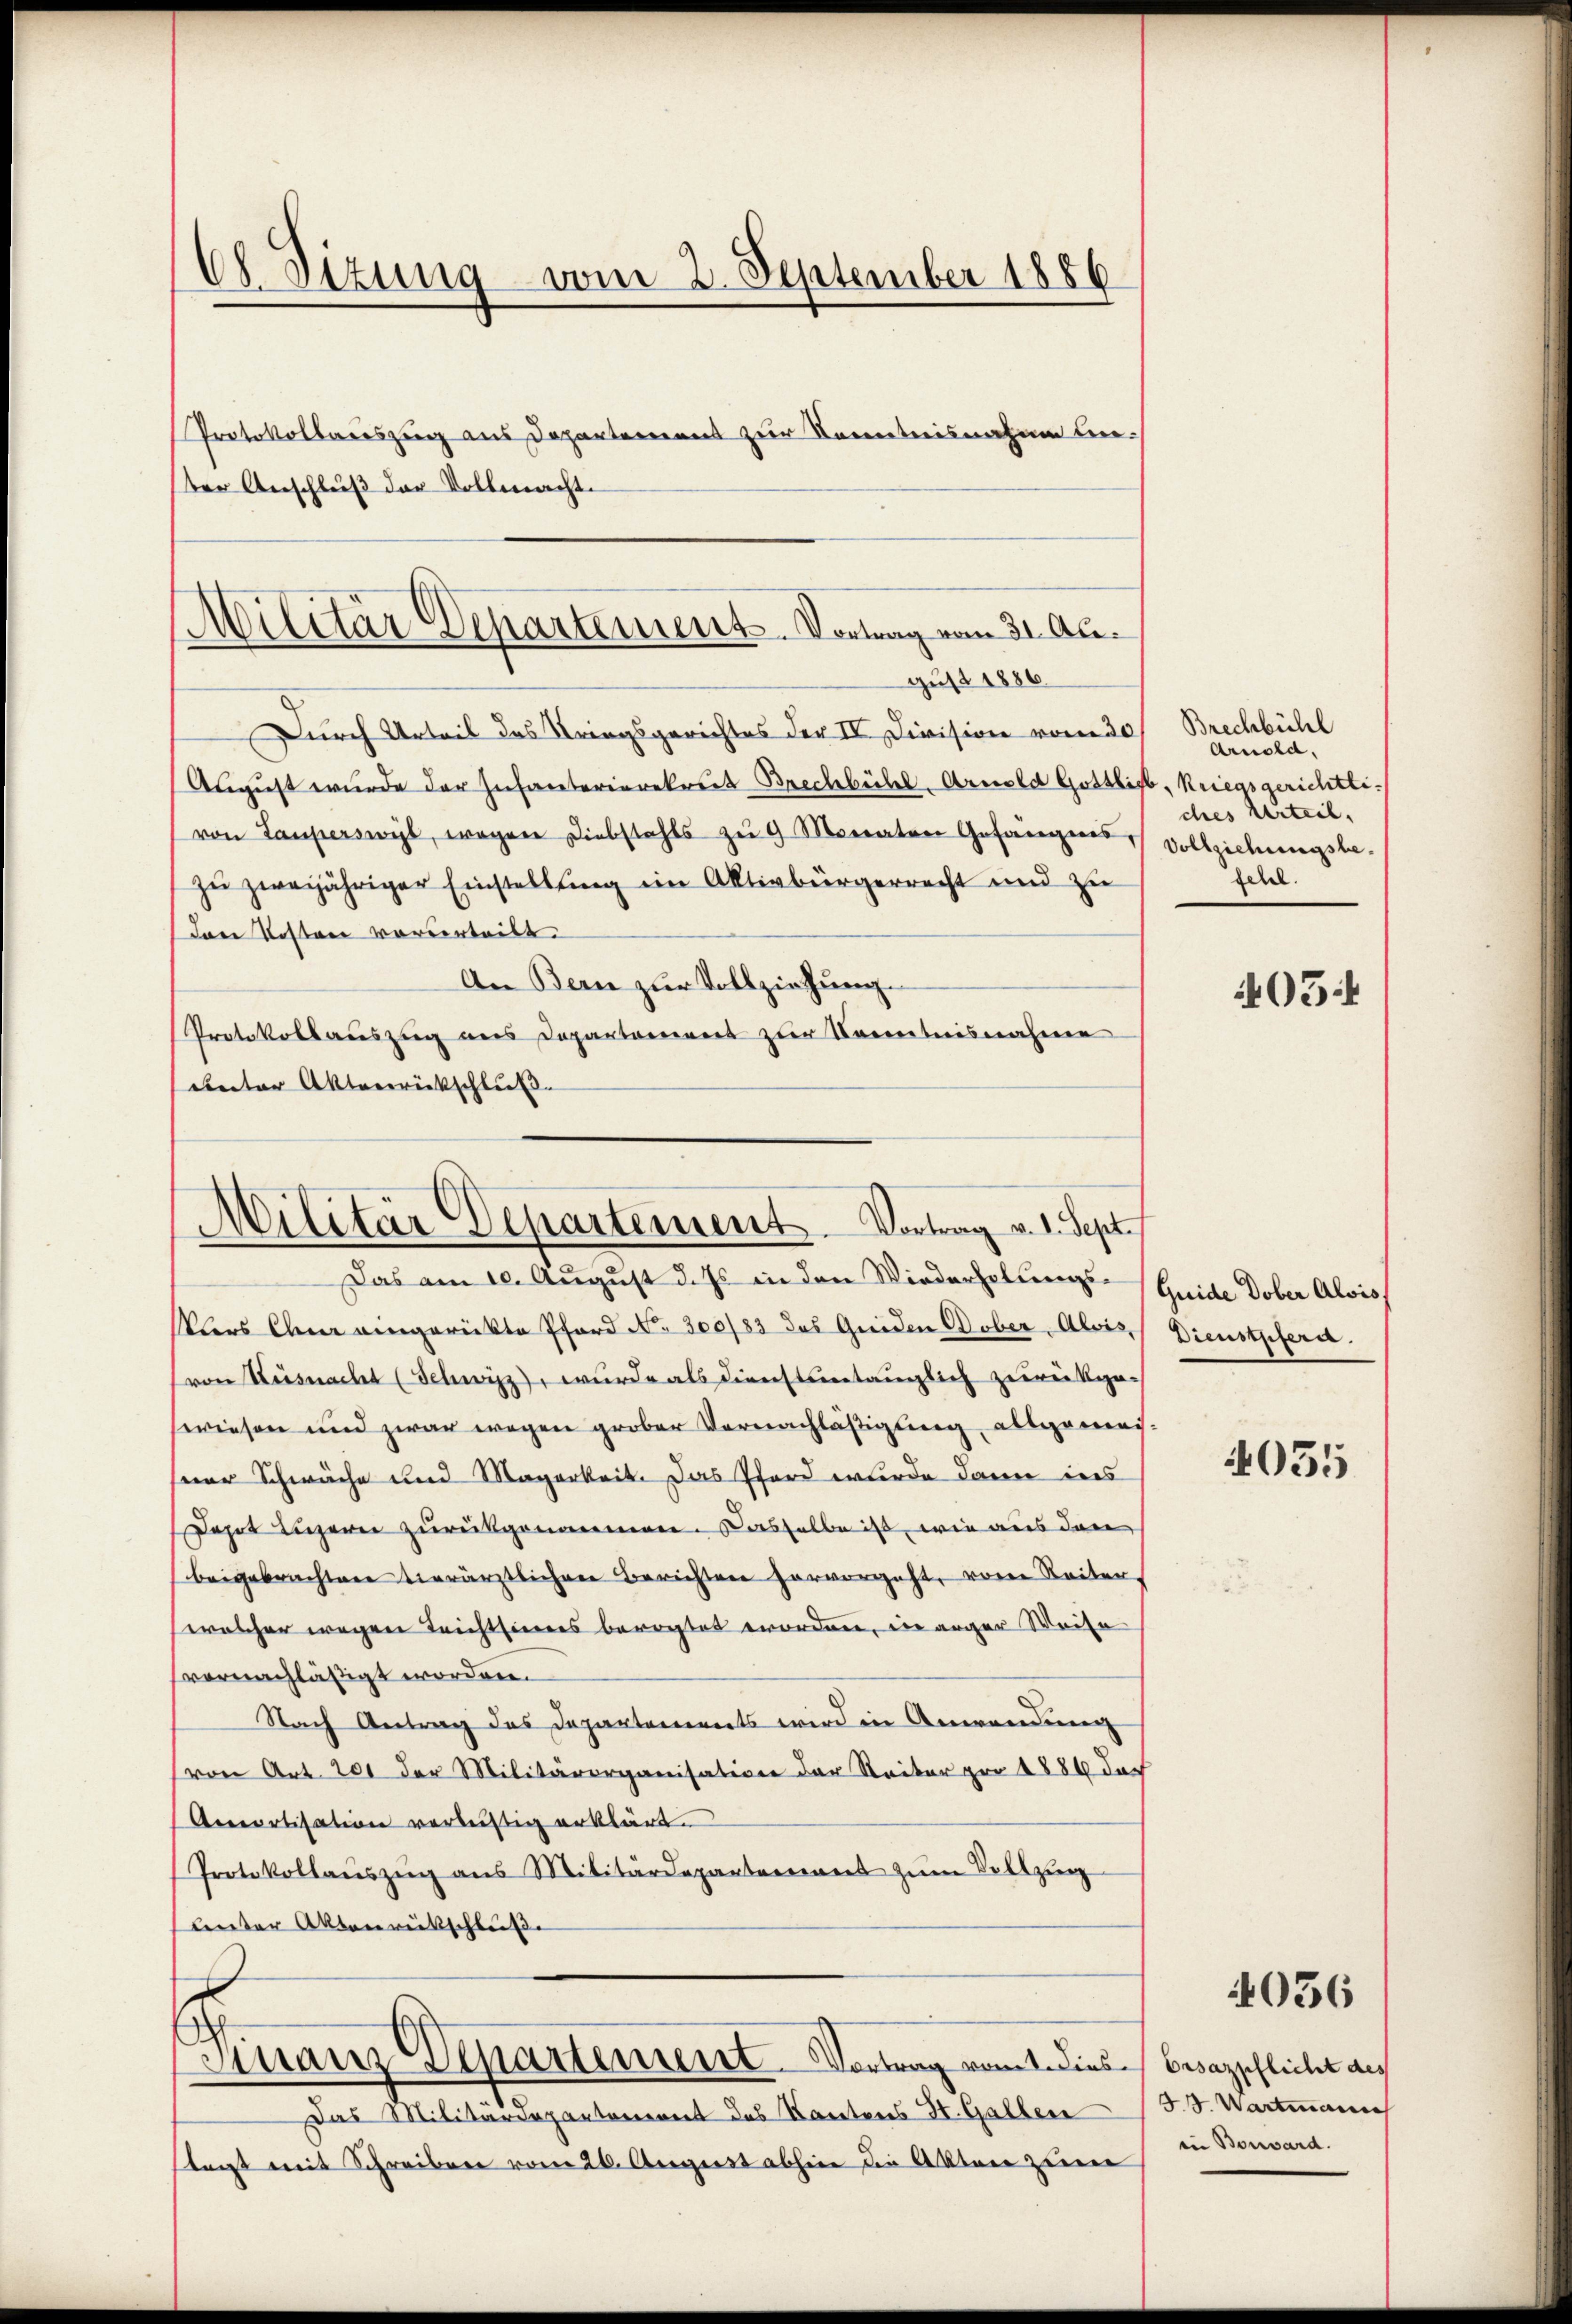
Ch. Sizung vom 2. September 1886

Protokollariszug aus Departement zur Kenntnisnahme bei-
ter Anschluß der Vollmacht.

Militär Departement. Vortrag vom 31. August 1886

Durch Urteil des Kriegsgerichtes der IV. Division vom 30
Aŭgŭst wurde der Infanterierekrut Brechbühl. Arnold Gottlieb, Kriegsgerichtlivon Lauperswyl, wegen Diebstahls zŭ 9 Monaten Gefängnis,
zu zweijähriger Einstellung im Aktivbürgerrecht und zu
Das Kosten vorderteilt.
An Bern zur Vollziehung.
Protokollauszug aus Departament zur Kenntnisnahmen
unter Aktenrückschluß

Militär Departement. Vortrag v. 1. Sept.
Das am 10. August d. Js in den Wiederholungs¬

klers Chur eingerückte Pford No 300/83 das Greiden Dober. Alois,
von Küsnacht (Schwizz), wurde als dienstuntauglich zurückge-
swiesen und zwar wegen grober Vernachläßigung, allgemeiser Schwäche und Magarkeit. Das Pferd wurde dann ines
Dahrt Luzern zurückgenommen. Dasselbe ist, wie aus den
beigebrachten vierärztlichen Berichten hervorgeht, von Reiten,
wascher wegen Leichtseines berechtet worden, in arger Weise
vernachläßigt worden.
Nach Antrag das Departanenverts wird in Anwendung
von Art. 201 der Militärorganisation der Reiter pro 1886 der
Amortisation verlustig erklärt.
Protokollaŭszŭg ans Militärdepartemens zŭm Vollzŭg
Unter Aktenrückschluße

Das Militariepantonerent des Kantons St. Galler
stagt mit Schreiben vom 26. August abhin die Akten zum

Finanz Departement. Vortrag vom 1. Diese Besazpflicht aus

Brechbühl
Arnold,
ches Urteil,
Vollziehungsbedere.

405.

Guide Dober Alois
Dienstpferd.

035

33. Wartmann
in Bossard.

4036